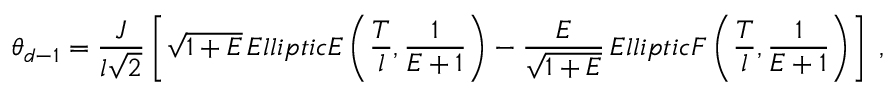
\theta _ { d - 1 } = \frac { J } { l \sqrt { 2 } } \left[ \sqrt { 1 + E } \, E l l i p t i c E \left( \frac { T } { l } , \frac { 1 } { E + 1 } \right) - \frac { E } { \sqrt { 1 + E } } \, E l l i p t i c F \left( \frac { T } { l } , \frac { 1 } { E + 1 } \right) \right] \; ,